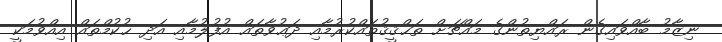
ނިޒާމު ބާއްވައިގެން ރައްޔިތުންގެ މައްޗަށް ތަޙްޤީޤުތައްކުރުމާއި ދަޢުވާތައް އުފުލުމާއި އަދި ޙުކުމްތައް އިއްވުމަކީ